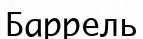
Баррель